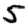
Digit: 5